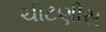
ચીટણીસ